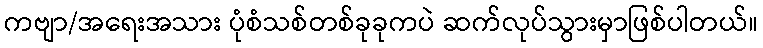
ကဗျာ/အရေးအသား ပုံစံသစ်တစ်ခုခုကပဲ ဆက်လုပ်သွားမှာဖြစ်ပါတယ်။